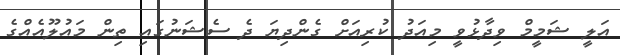
އަލީ ޝަމީމް ވިދާޅުވީ މިއަދު ކުރިއަށް ގެންދިޔަ ދެ ސެޝަނުގައި ތިން މައުލޫއެއްގެ